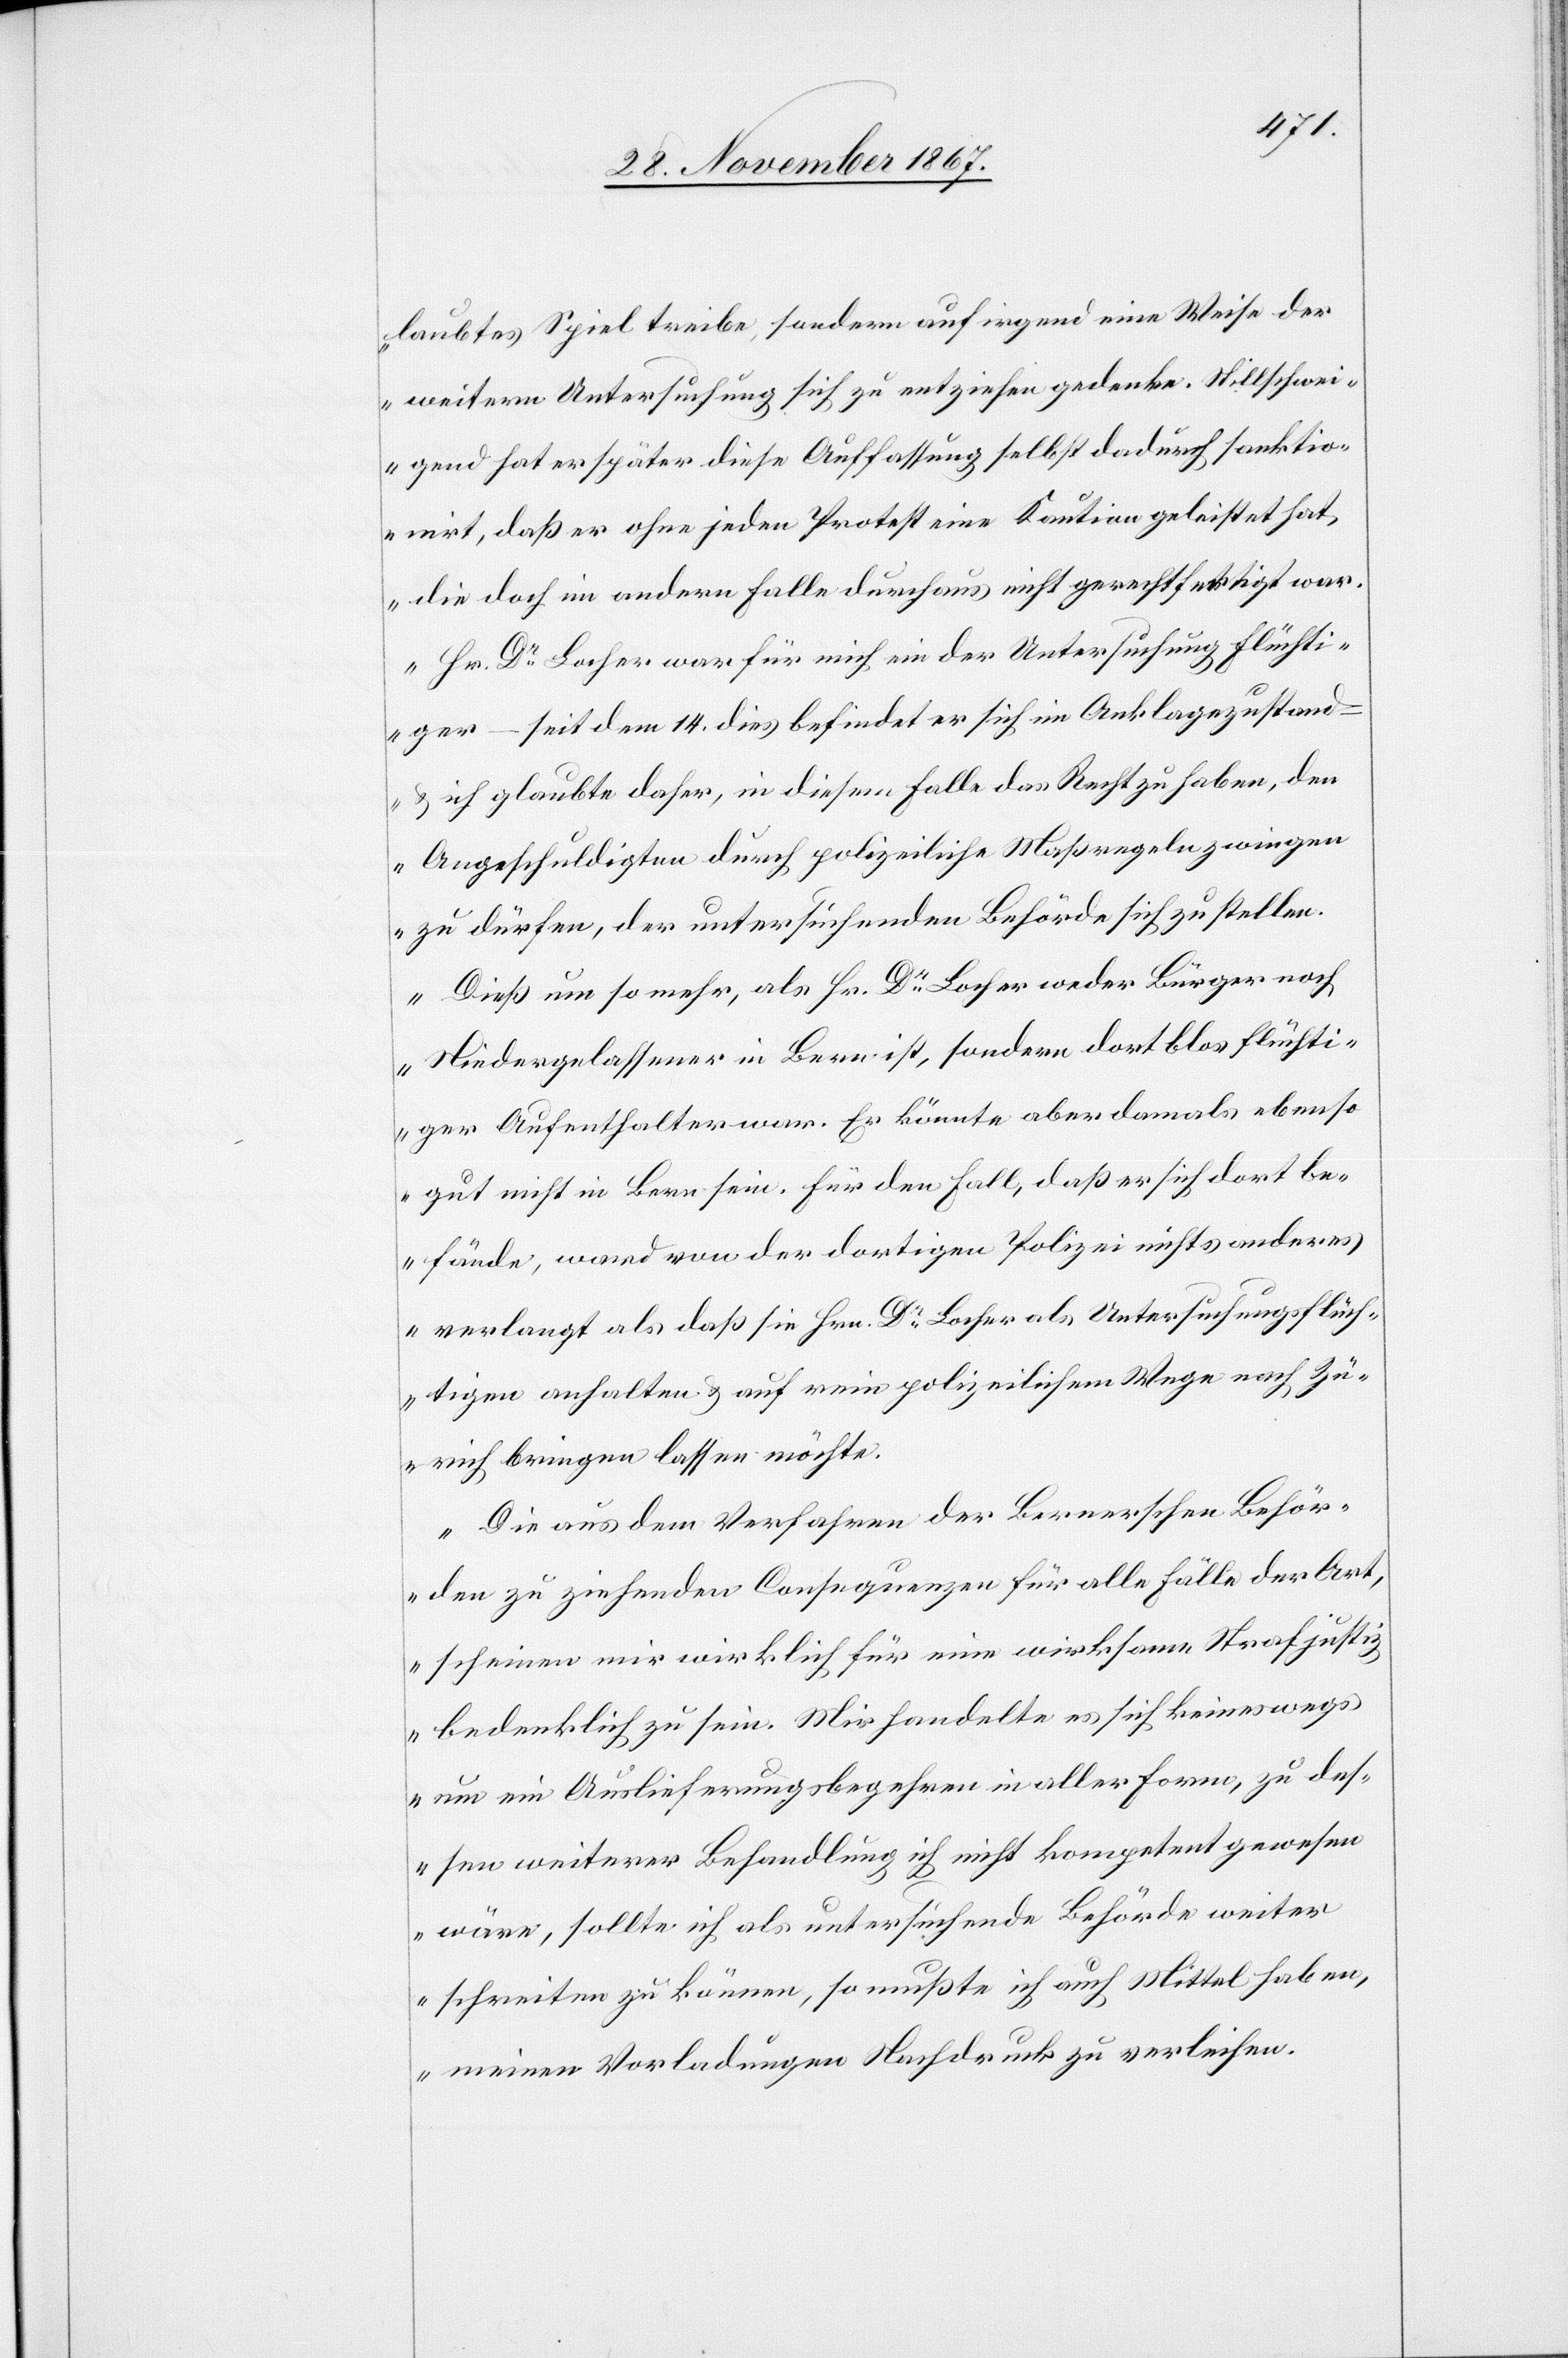
laubtes Spiel treibe, sondern auf irgend eine Weise der
weitern Untersuchung sich zu entziehen gedenke. Stillschwei¬
gend hat er später diese Auffassung selbst dadurch sanktio¬
nirt, daß er ohne jeden Protest eine Kaution geleistet hat,
die doch im andern Falle durchaus nicht gerechtfertigt war.
Hr. Dr. Locher war für mich ein der Untersuchung Flüchti¬
ger – seit dem 14. dies befindet er sich im Anklagezustand –
u. ich glaubte daher, in diesem Falle das Recht zu haben, den
Angeschuldigten durch polizeiliche Maßregeln zwingen
zu dürfen, der untersuchenden Behörde sich zu stellen.
Dieß um so mehr, als Hr. Dr. Locher weder Bürger noch
Niedergelassener in Bern ist, sondern dort blos flüchti¬
ger Aufenthalter war. Er könnte aber damals ebenso
gut nicht in Bern sein. Für den Fall, daß er sich dort be¬
fände, ward von der dortigen Polizei nichts anderes
verlangt als daß sie Hrn. Dr. Locher als Untersuchungsflüch¬
tling anhalten u. auf rein polizeilichem Wege nach Zü¬
rich bringen lassen möchte.
Die aus dem Verfahren der Bernerschen Behör¬
den zu ziehenden Consequenzen für alle Fälle der Art,
scheinen mir wirklich für eine wirksame Strafjustiz
bedenklich zu sein. Mir handelte es sich keineswegs
um ein Auslieferungsbegehren in aller Form, zu des¬
sen weiterer Behandlung ich nicht kompetent gewesen
wäre, sollte ich als untersuchende Behörde weiter
schreiten zu können, so mußte ich auch Mittel haben,
meinen Vorladungen Nachdruck zu verleihen.